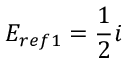
E _ { r e f 1 } = \frac { 1 } { 2 } i